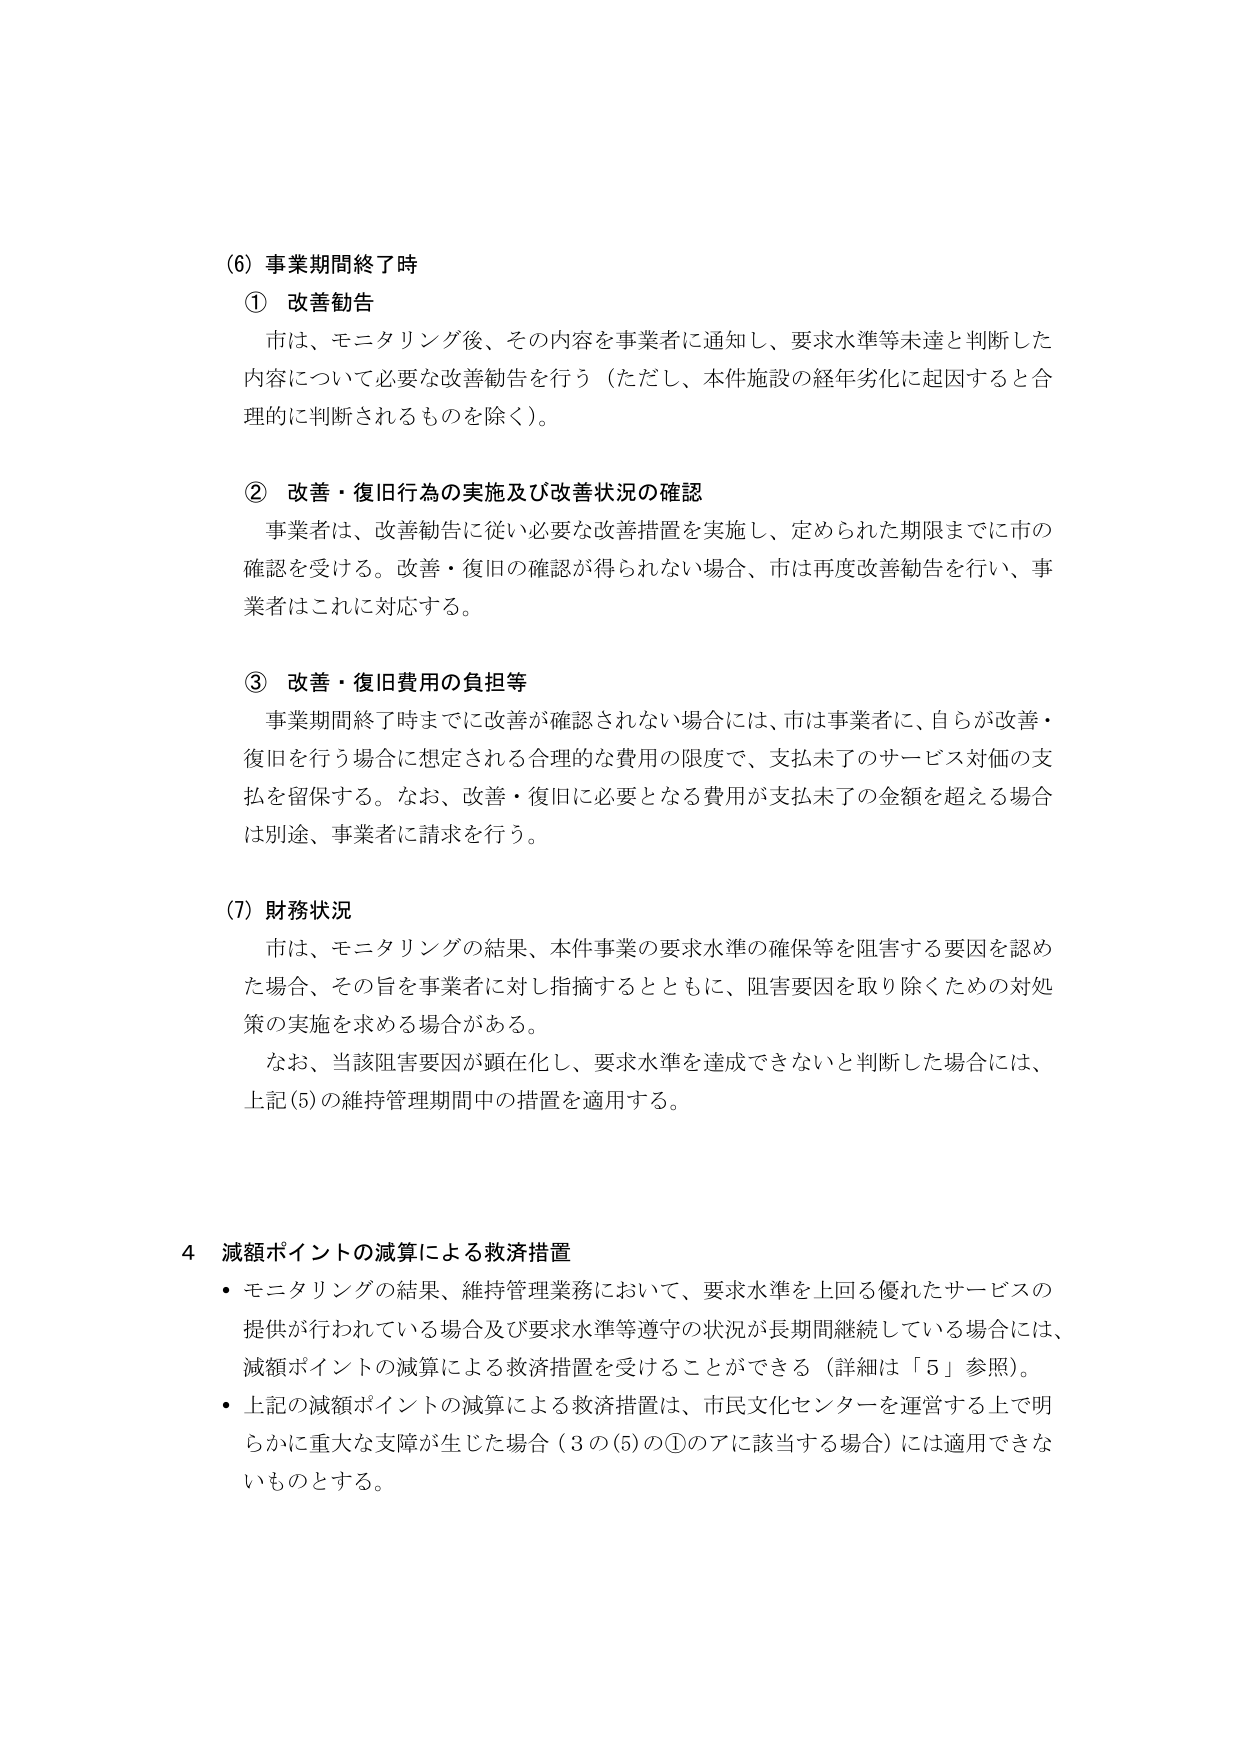
(6) 事業期間終了時
① 改善勧告
市は、モニタリング後、その内容を事業者に通知し、要求水準等未達と判断した内容について必要な改善勧告を行う（ただし、本件施設の経年劣化に起因すると合理的に判断されるものを除く）。

② 改善・復旧行為の実施及び改善状況の確認
事業者は、改善勧告に従い必要な改善措置を実施し、定められた期限までに市の確認を受ける。改善・復旧の確認が得られない場合、市は再度改善勧告を行い、事業者はこれに対応する。

③ 改善・復旧費用の負担等
事業期間終了時までに改善が確認されない場合には、市は事業者に、自らが改善・復旧を行う場合に想定される合理的な費用の限度で、支払未了のサービス対価の支払を留保する。なお、改善・復旧に必要となる費用が支払未了の金額を超える場合は別途、事業者に請求を行う。

(7) 財務状況
市は、モニタリングの結果、本件事業の要求水準の確保等を阻害する要因を認めた場合、その旨を事業者に対し指摘するとともに、阻害要因を取り除くための対処策の実施を求める場合がある。
なお、当該阻害要因が顕在化し、要求水準を達成できないと判断した場合には、上記(5)の維持管理期間中の措置を適用する。

4 減額ポイントの減算による救済措置
・ モニタリングの結果、維持管理業務において、要求水準を上回る優れたサービスの提供が行われている場合及び要求水準等遵守の状況が長期間継続している場合には、減額ポイントの減算による救済措置を受けることができる（詳細は「5」参照）。
・ 上記の減額ポイントの減算による救済措置は、市民文化センターを運営する上で明らかに重大な支障が生じた場合（3の(5)の①のアに該当する場合）には適用できないものとする。